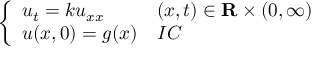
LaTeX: \left\{ \begin{array} { l l } { u _ { t } = k u _ { x x } } & { ( x , t ) \in \mathbf { R } \times ( 0 , \infty ) } \\ { u ( x , 0 ) = g ( x ) } & { I C } \end{array} \right.